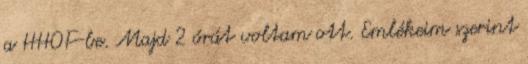
a HHOF-be. Majd 2 órát voltam ott. Emlékeim szerint